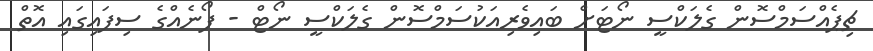
ޗިޕެއްސަމްސޮން ގެލަކްސީ ނޯޓަށް ބައިވެރިއަކުސަމްސޮން ގެލަކްސީ ނޯޓް - ފޯނެއްގެ ސިފައިގައި އޮތް